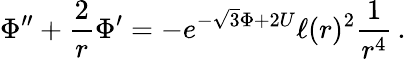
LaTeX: \Phi^{\prime\prime}+\frac{2}{r}\Phi^{\prime}=-e^{-\sqrt{3}\Phi+2U}\ell(r)^{2}\frac{1}{r^{4}}\, .